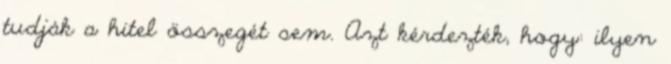
tudják a hitel összegét sem. Azt kérdezték, hogy: ilyen